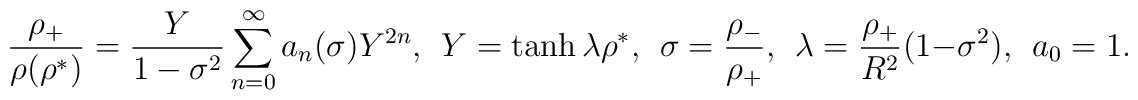
{\rho_+ \over \rho(\rho^*)} = { Y \over 1 -\sigma^2}  \sum_{n=0}^\infty a_n(\sigma) Y^{2n},  ~~Y = \tanh \lambda \rho^*,  ~~\sigma = { \rho_- \over \rho_+}, ~~\lambda = { \rho_+ \over R^2} ( 1- \sigma^2), ~~a_0=1 .